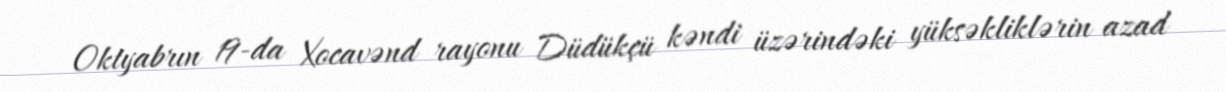
Oktyabrın 19-da Xocavənd rayonu Düdükçü kəndi üzərindəki yüksəkliklərin azad